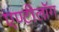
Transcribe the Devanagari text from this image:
एण्टीलॉग